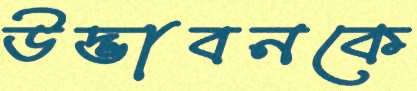
উদ্ভাবনকে